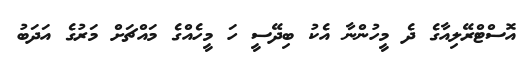
އޮސްޓްރޭލިއާގެ ދެ މީހުންނާ އެކު ބިދޭސީ ހަ މީހެއްގެ މައްޗަށް މަރުގެ އަދަބު